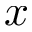
x